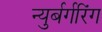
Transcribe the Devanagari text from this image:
न्युर्बर्गरिंग